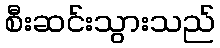
စီးဆင်းသွားသည်